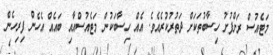
މަޓެއުސް ރަށްފުށު ހިސާބުތަކަށް ދަތުރުކުރެއެވެ. އެއް ހިސާބަކުން މަޓެއުސްއާއި ބައެއް އެހެން ފިރިހެން